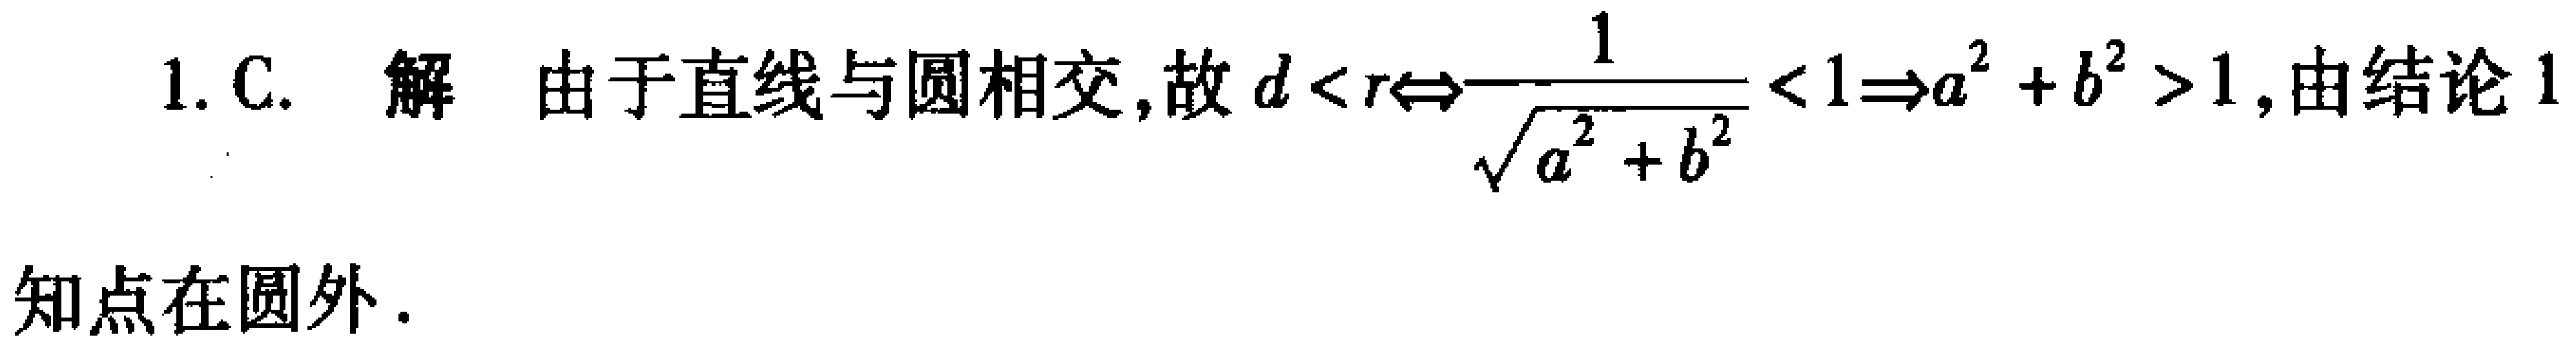
1. C. 解 由于直线与圆相交, 故 \(d < r\Leftrightarrow\frac{1}{\sqrt{a^{2}+b^{2}}} < 1\Rightarrow a^{2}+b^{2}>1\), 由结论1知点在圆外.